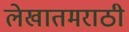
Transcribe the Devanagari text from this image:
लेखातमराठी